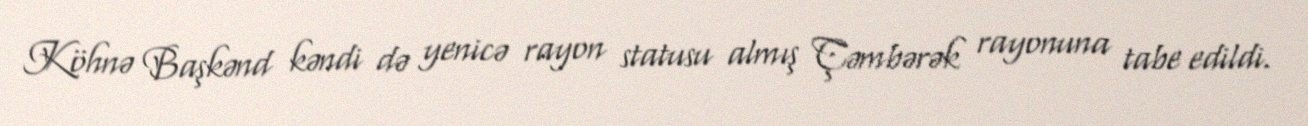
Köhnə Başkənd kəndi də yenicə rayon statusu almış Çəmbərək rayonuna tabe edildi.